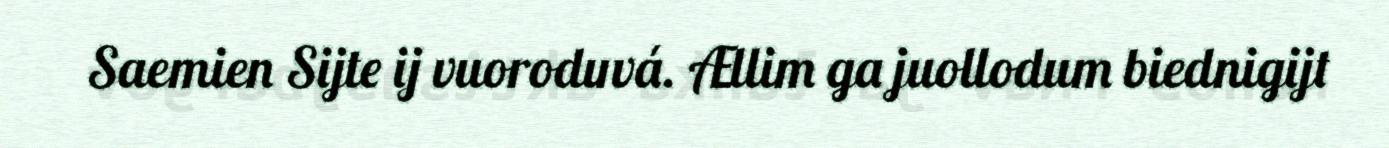
Saemien Sijte ij vuoroduvá. Ællim ga juollodum biednigijt